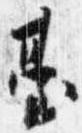
台